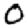
Digit: 0